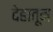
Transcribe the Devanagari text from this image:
देहातून